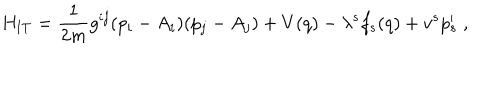
LaTeX: H _ { \mathrm { I T } } = \frac { 1 } { 2 m } g ^ { i j } ( p _ { i } - A _ { i } ) ( p _ { j } - A _ { j } ) + V ( q ) - \lambda ^ { s } f _ { s } ( q ) + v ^ { s } p _ { s } ^ { \prime } \; ,